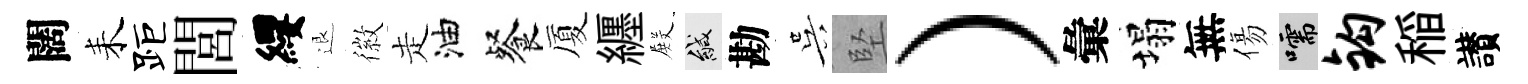
闊耒距閭纓退徽走油餐厦纒𭮺緘勘吴堅）彙塌無傷嚅钩稲讃